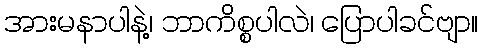
အားမနာပါနဲ့၊ ဘာကိစ္စပါလဲ၊ ပြောပါခင်ဗျာ။